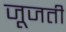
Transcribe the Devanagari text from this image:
जूजती